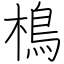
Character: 樢